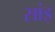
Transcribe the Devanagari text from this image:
सांइ